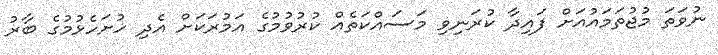
ނުވަތަ މުޖުތަމައުއަށް ފައިދާ ކުރަނިވި މަސައްކަތެއް ކުރުވުމުގެ އަމުރަކަށް އެދި ހުށަހެޅުމުގެ ބާރު